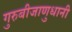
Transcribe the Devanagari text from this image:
गुरुबीजाणुधानी